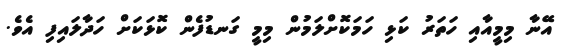
އޭނާ މިމީއާއި ހަތަރު ކަޅި ހަމަކޮށްލަމުން މިމީ ގަނޑުފެން ކޮޅަކަށް ހަދާލައިފި އެވެ.